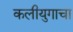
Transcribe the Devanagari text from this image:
कलीयुगाचा